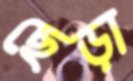
ছেড়া